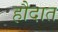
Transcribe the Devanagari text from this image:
हौदात